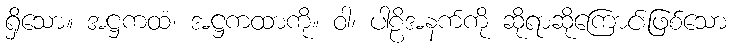
ရှိသော။ အဋ္ဌကထံ၊ အဋ္ဌကထာကို။ ဝါ၊ ပါဠိအနက်ကို ဆိုရာဆိုကြောင်းဖြစ်သော